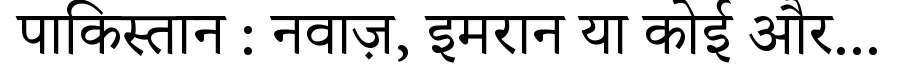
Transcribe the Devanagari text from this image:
पाकिस्तान : नवाज़, इमरान या कोई और...